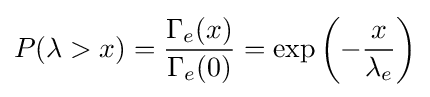
P(\lambda >x)={\frac {\Gamma _{e}(x)}{\Gamma _{e}(0)}}=\exp {\left(-{\frac {x}{\lambda _{e}}}\right)}